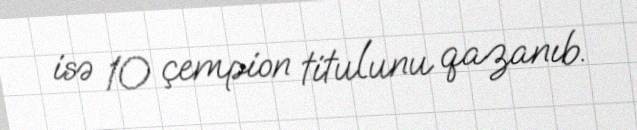
isə 10 çempion titulunu qazanıb.